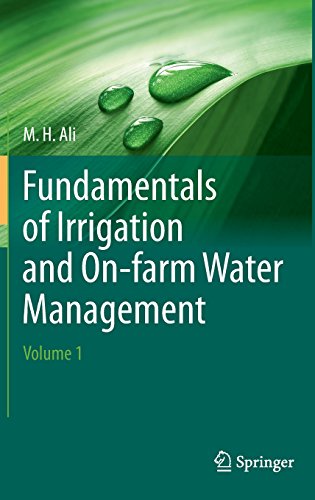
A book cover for Fundamentals of Irrigation and On-farm Water Management: Volume 1; Hossain Ali; Science & Math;